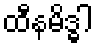
ထီနမိဒ္ဓါ